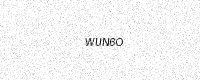
Text: WUN6O